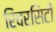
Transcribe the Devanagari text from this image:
रिवरसिटी